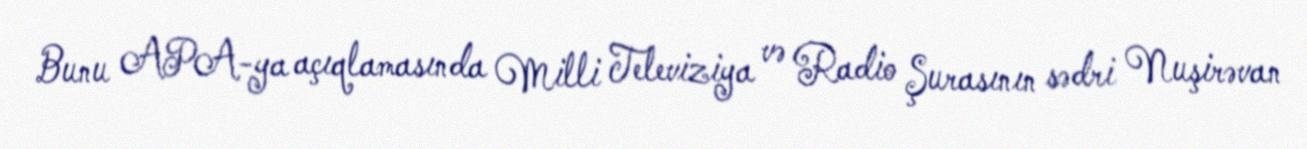
Bunu APA-ya açıqlamasında Milli Televiziya və Radio Şurasının sədri Nuşirəvan